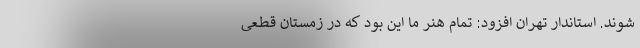
شوند. استاندار تهران افزود: تمام هنر ما این بود که در زمستان قطعی